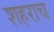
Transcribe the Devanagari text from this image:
शहराच